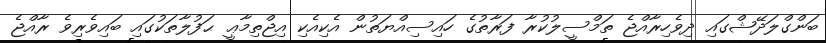
ބަންގްލަދޭޝްގައި ދިވެހިރާއްޖެ ތަމްސީލުކުރާ ފަރާތުގެ ހައިސިއްޔަތުން އެކިއެކި އިޖްތިމާޢީ ޙަފުލާތަކުގައި ބައިވެރިވެ ރާއްޖެ